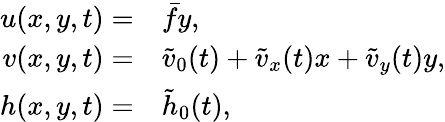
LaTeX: \begin{array}{rl}{{u}(x,y,t)=}&{{}\bar{f}y,}\\ {{v}(x,y,t)=}&{{}\tilde{v}_{0}(t)+\tilde{v}_{x}(t)x+\tilde{v}_{y}(t)y,}\\ {{h}(x,y,t)=}&{{}\tilde{h}_{0}(t),}\end{array}